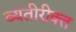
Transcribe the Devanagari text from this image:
व्यतीरीक्त